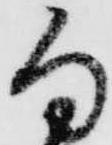
勿